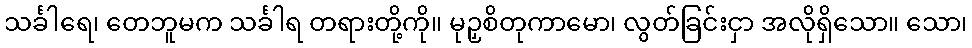
သင်္ခါရေ၊ တေဘူမက သင်္ခါရ တရားတို့ကို။ မုဉှစိတုကာမော၊ လွတ်ခြင်းငှာ အလိုရှိသော။ သော၊